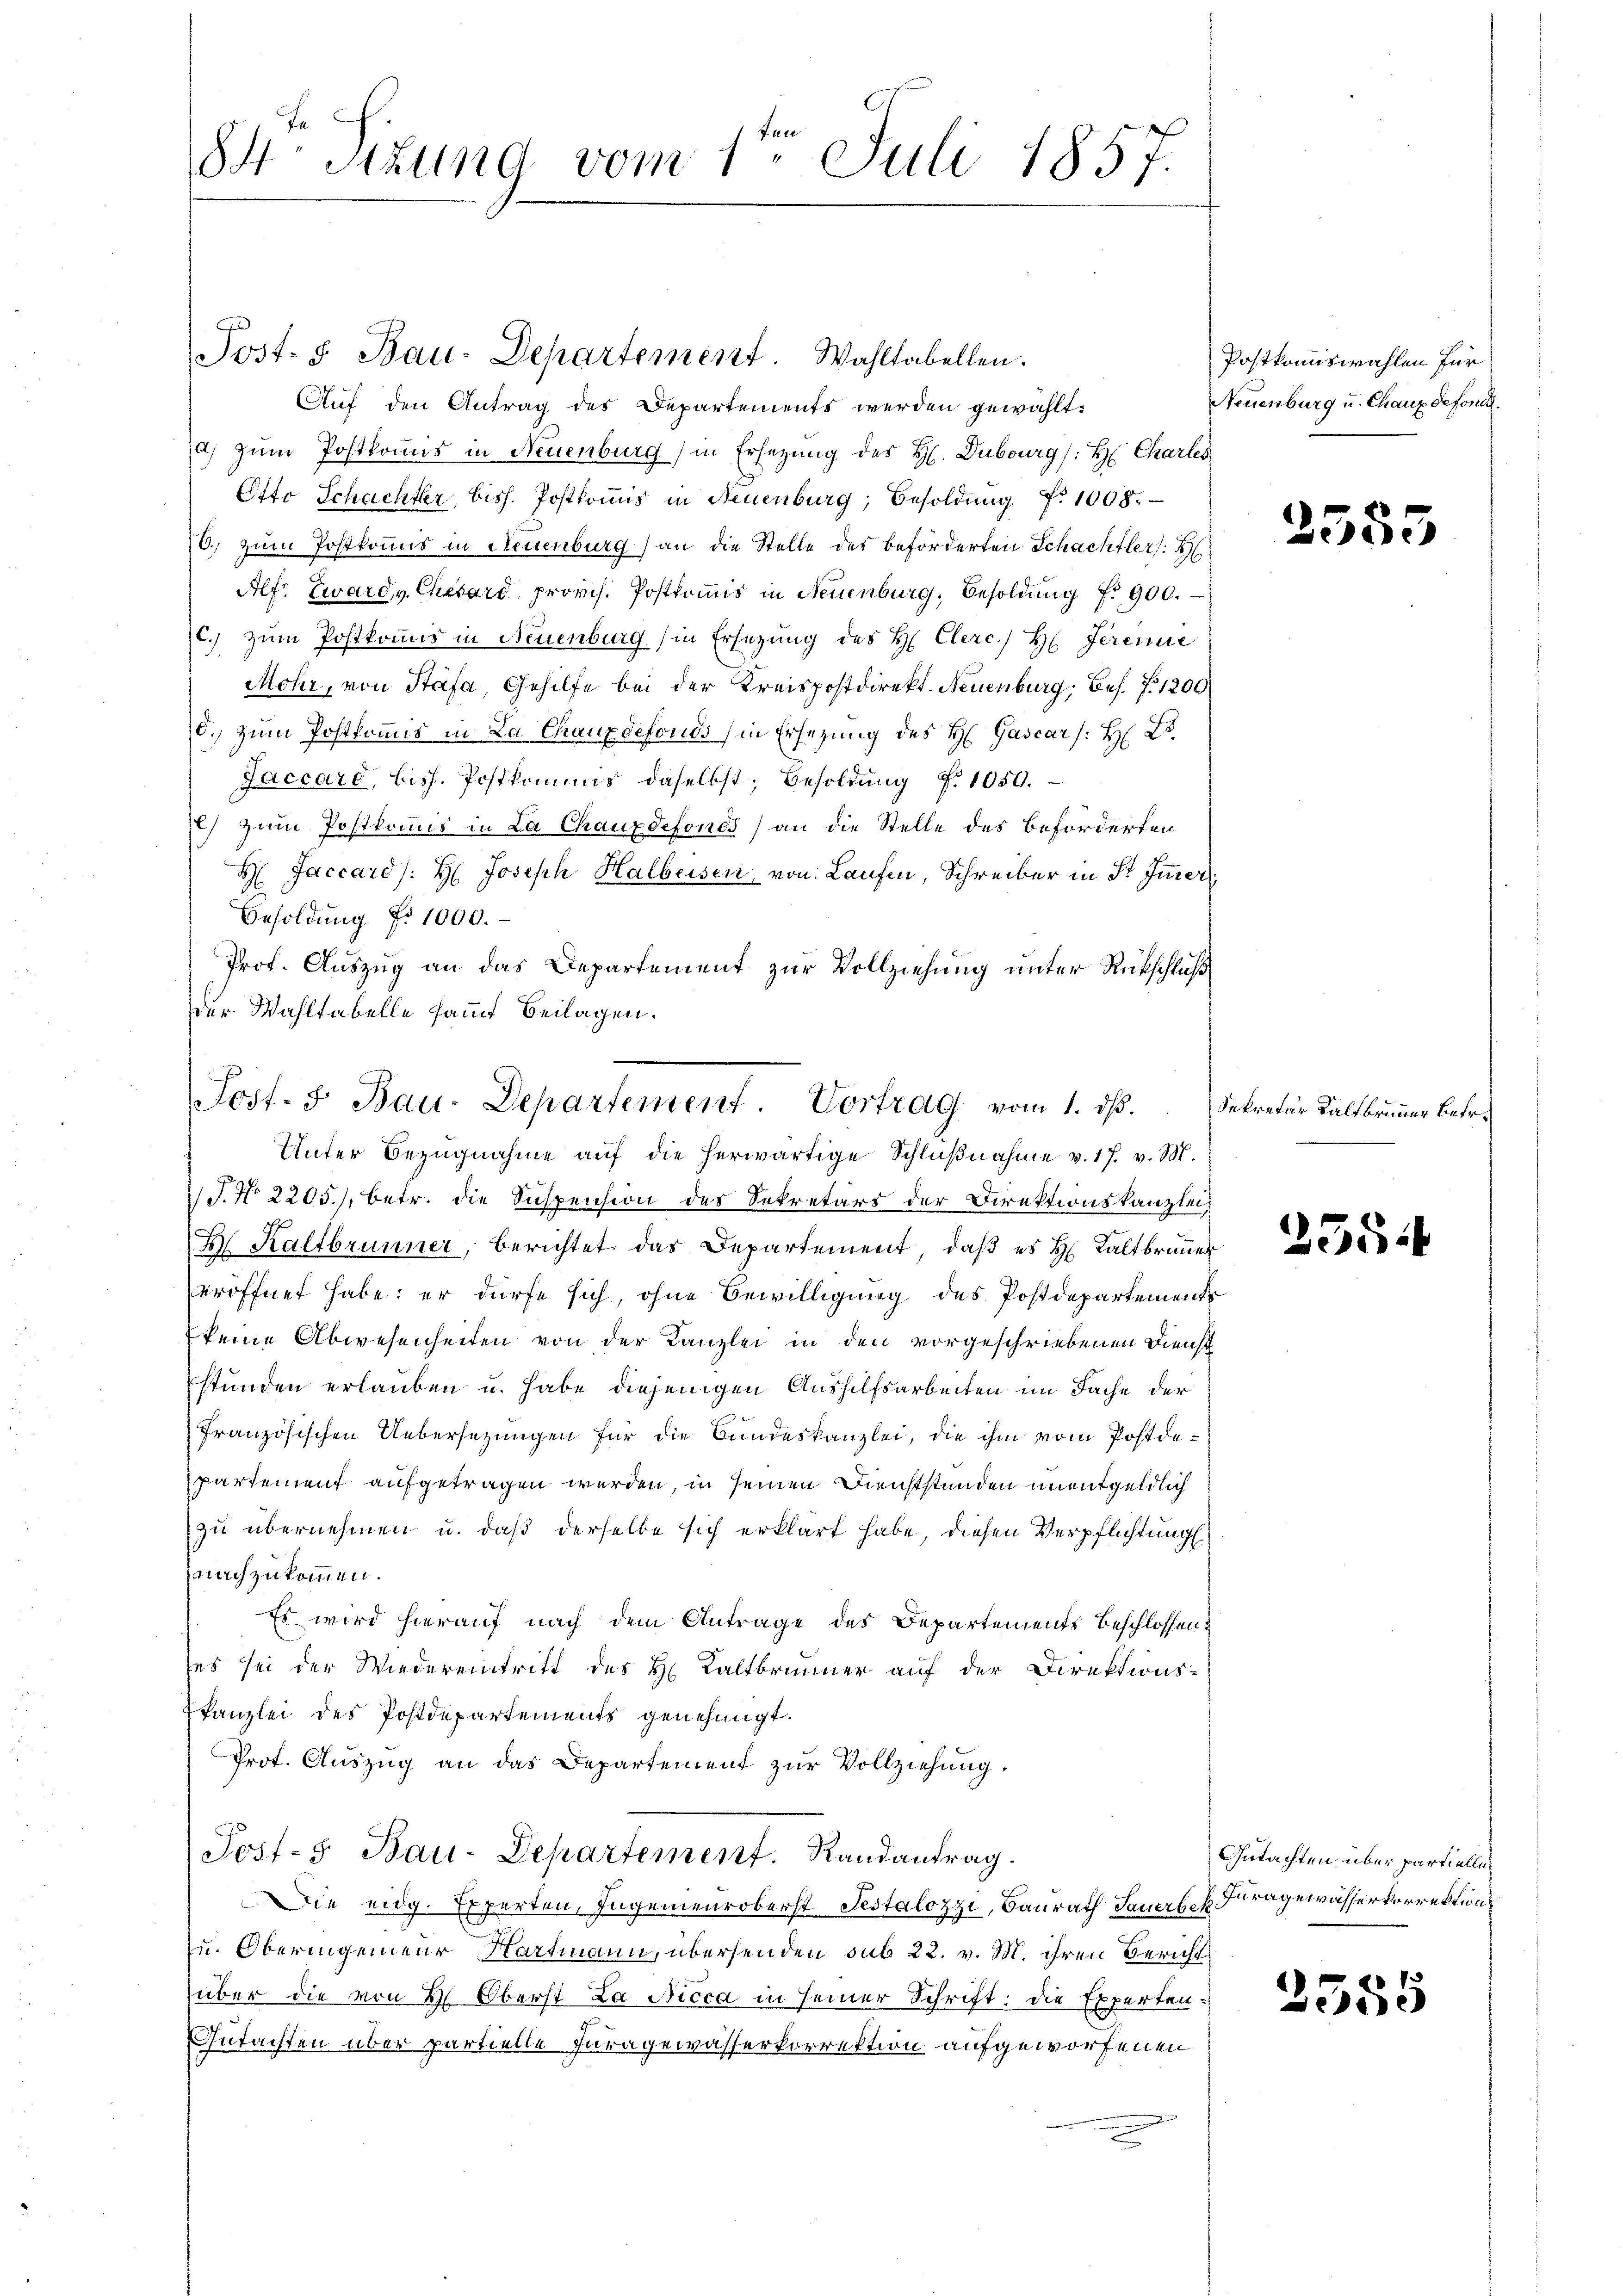
84 Sitzung vom 1te͇n Juli 1857.

Auf den Antrag des Departements werden gewählt:
a) zum Postkonus in Neuenburg) in Ersezung des H. Dubourg (: H: Charles
Otto Schachter, bish. Postkomis in Neuenburg, Besoldŭng Nr. 1008.
6.) zum Postkomis in Neuenburg an die Stelle des beförderten Schachtlers: H
Alfr. Zward v. Chevard provis. Postkommis in Neuenburg, Besoldung fr. 900.
c.) zum Postkomis in Neuenburg (in Ersezung des H. Clerc. H. Ferere
Mohr, von Stäfa, Gehilfe bei der Kreispostdirekt. Neuenburg, Bes. Z. 1200
d.) zum Postkommis in La Chauxdefonds (in Ersezung des H: Gascar /: H: Dr.
Jaccaro, bish. Postkommis daselbst, Besoldŭng f. 1050.
) zum Postkommis in La Chauxdefonds) an die Stelle des Beförderten
H Jaccare /: H: Joseph Halbeisen, von Laufen, Schreiber in Str. Immer
Besoldung No 1000.
Prof. Auszug an das Departement zur Vollziehung unter Rückschluß
der Wahltabelle samt Beilagen.
T. No. 2205), betr. die Suspension des Sekretärs der Direktionskanzlei
B Kaltbrunner, berichtet das Departement, daß es H. Kaltbrunner
eröffnet habe: er dürfe sich, ohne Bewilligung des Postdepartement
(keine Abwesenheiten von der Kanzlei in den vorgeschriebenen Dienst
stunden erlauben u. habe diejenigen Aushilfsarbeiten im Sache der
Französischen Uebersetzungen für die Bundeskanzlei, die ihm vom Postdepartement aufgetragen werden, in seinen Dienstständen unentgeldlich
zu übernehmen u. daß derselbe sich erklärt habe, diesen Verpflichtung
nachzukommen.
Es wird hierauf nach dem Antrage des Departements beschlossens
es sei der Wiedereintritt des H. Kaltbrunner auf der Direktions-
kanzlei des Postdepartements genehmigt.
Prot. Auszug an das Departement zur Vollziehung,
Jost- & Bau-Departement. Randantrag.
Die eidg. Experten, Ingenieuroberst Testalozzi, Baurath Sauer k. Fragewässerkorrektion
u. Oberingenieur Hartmann, übersenden sub 22. v. M. ihren Bericht
über die von H. Oberst La Nicca in seiner Schrift: die Experten-
Gutachten über partielle Furagewasserkorrektion aufgeworfenen

Josf. 8. Bau-Departement. Wahltabellen.

Sost- 5. Bau-Departement. Vortrag vom 1. ds.
Unter Bezugnahme auf die herwärtige Schlußnahme v. 17. v. M.

Postkommiswahlen für
Neuenburg u. Chaux defoni

2555

Sekretär Kaltbrunner betr.

2554

Gutachten über partiellen

2555